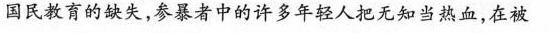
国民教育的缺失，参暴者中的许多年轻人把无知当热血，在被